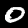
Label: 0